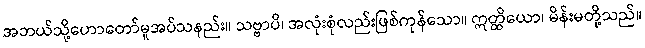
အဘယ်သို့ဟောတော်မူအပ်သနည်း။ သဗ္ဗာပိ၊ အလုံးစုံလည်းဖြစ်ကုန်သော။ ဣတ္ထိယော၊ မိန်းမတို့သည်။